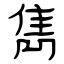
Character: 雋